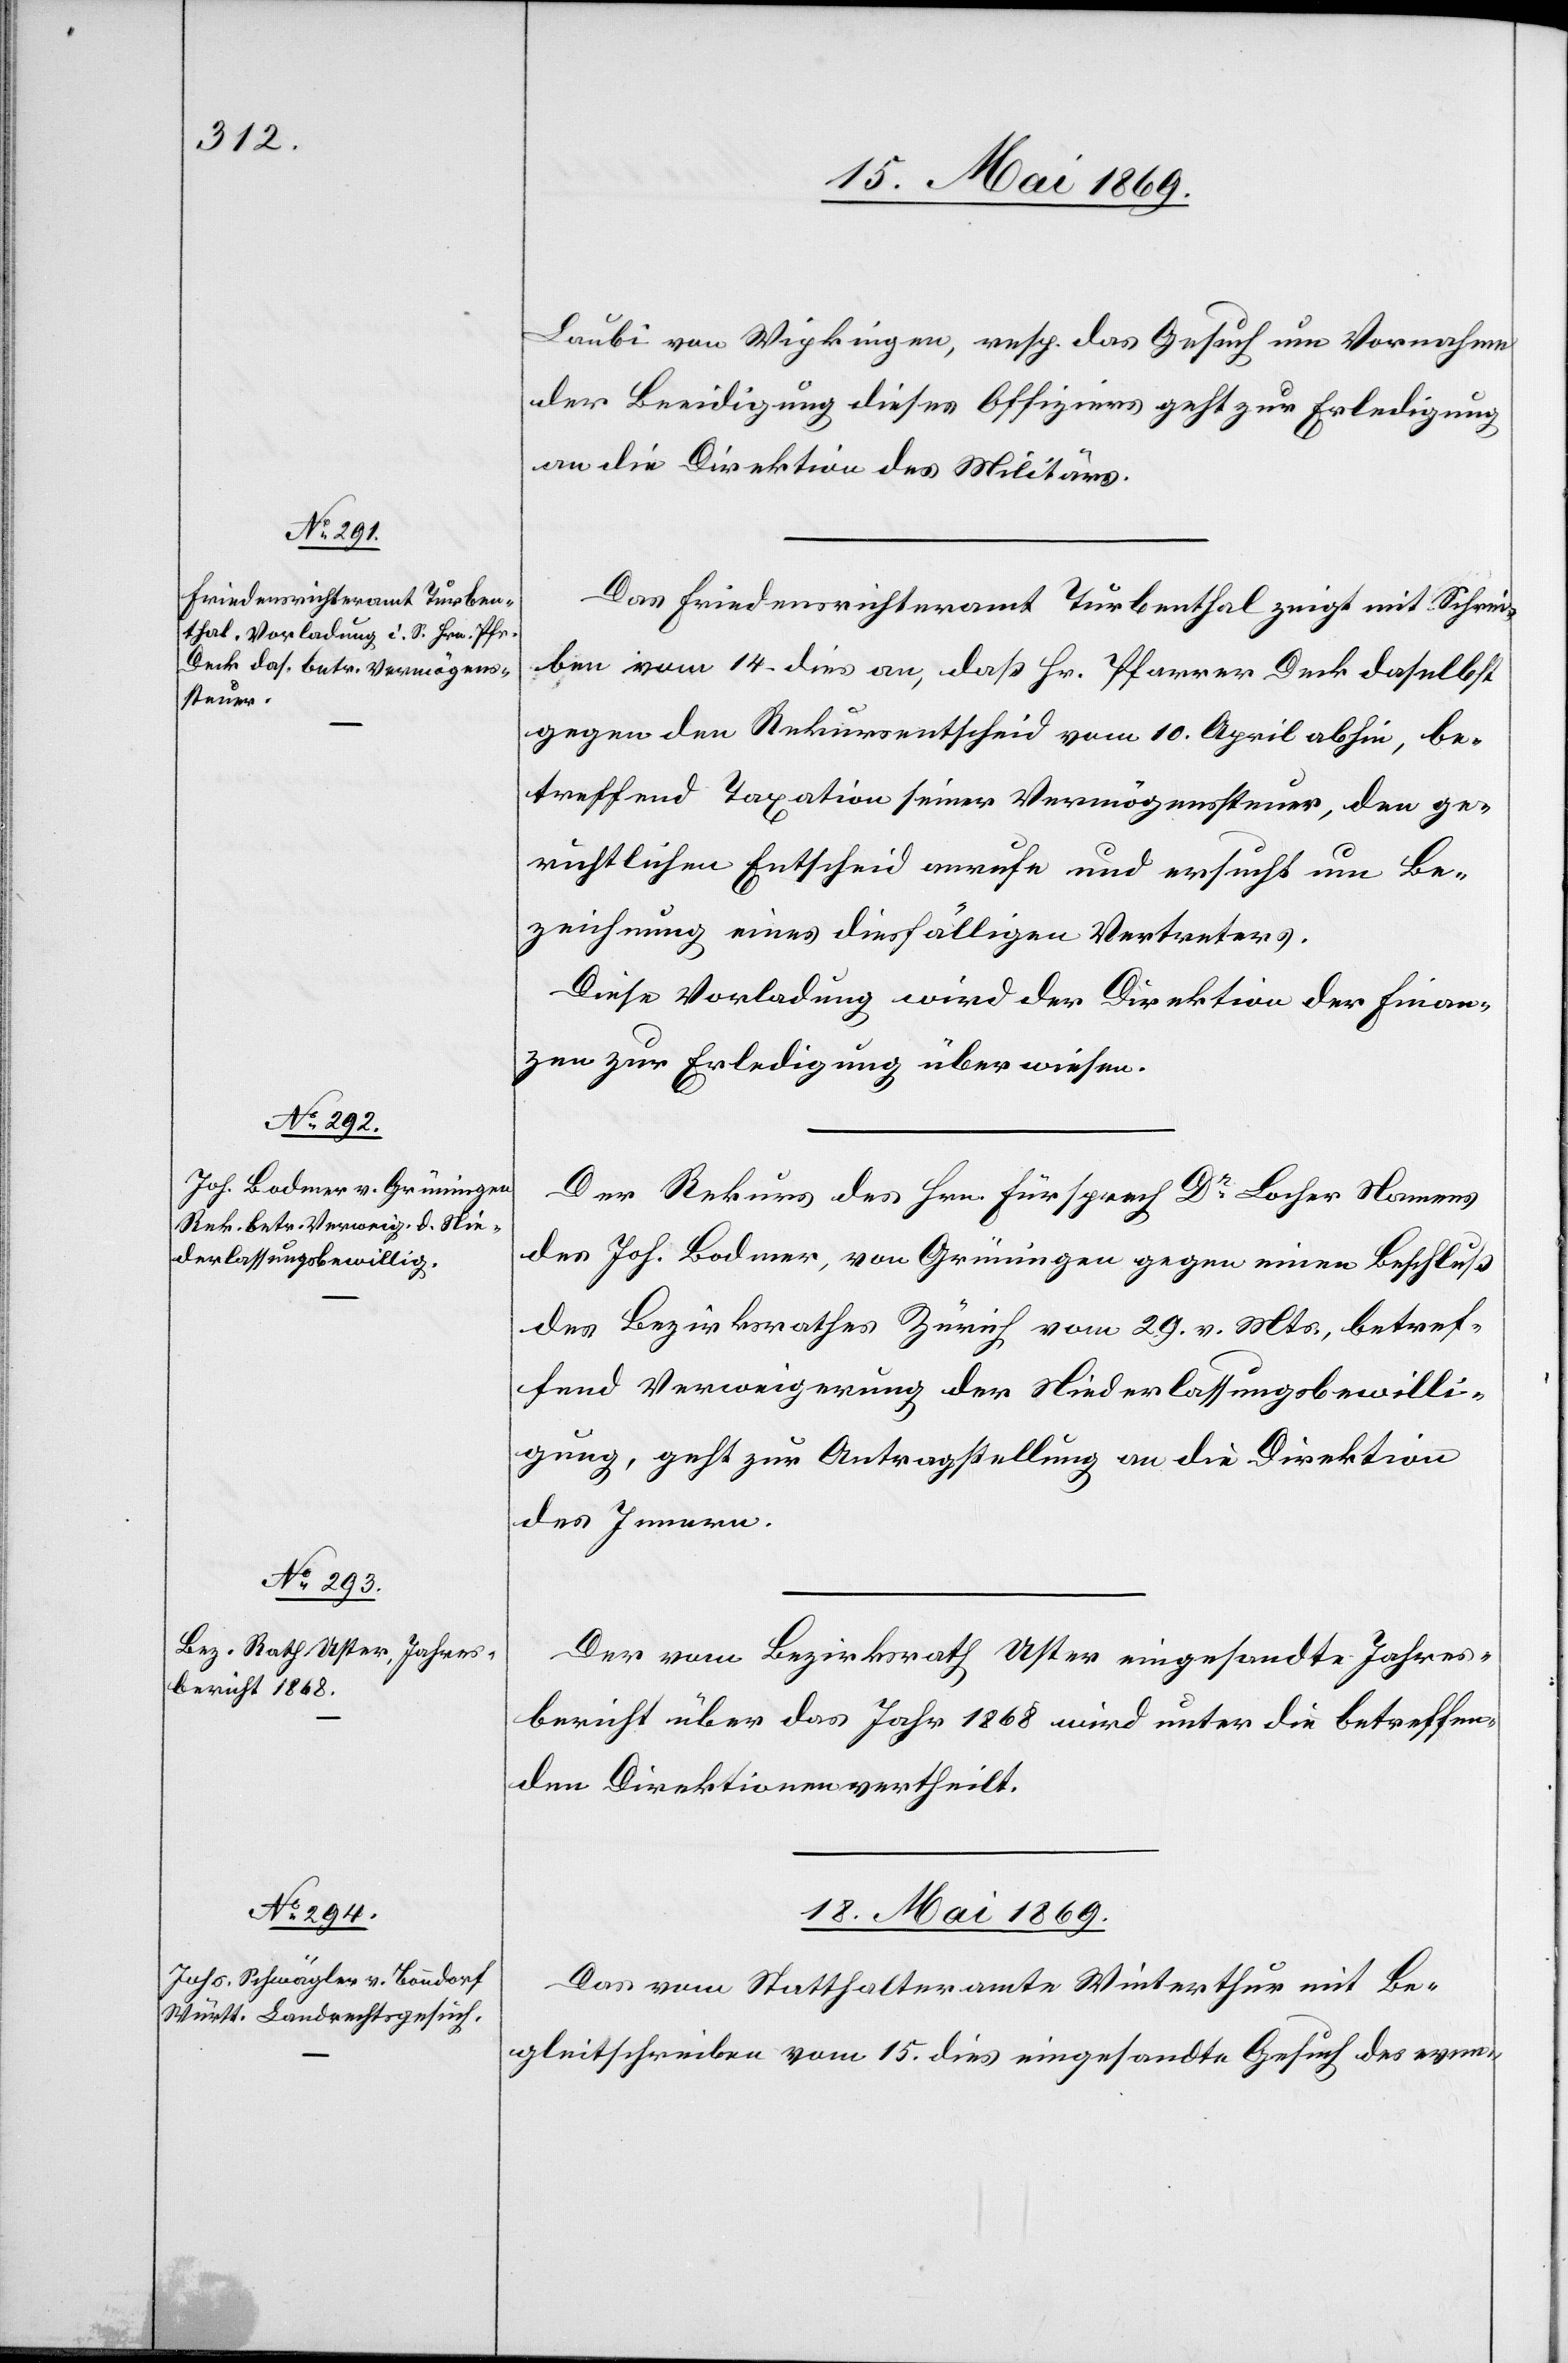
Laubi von Wipkingen, resp. das Gesuch um Vornahme
der Beeidigung dieses Offiziers geht zur Erledigung
an die Direktion des Militärs.
Das Friedensrichteramt Turbenthal zeigt mit Schrei¬
ben vom 14. dies an, daß Hr. Pfarrer Deck daselbst
gegen den Rekursentscheid vom 10. April abhin, be¬
treffend Taxation seiner Vermögenssteuer, den ge¬
richtlichen Entscheid anrufe und ersucht um Be¬
zeichnung eines diesfälligen Vertreters.
Diese Vorladung wird der Direktion der Finan¬
zen zur Erledigung überwiesen.
Der Rekurs des Hrn. Fürsprech Dr Locher Namens
des Joh. Bodmer, von Grüningen gegen einen Beschluß
des Bezirksrathes Zürich vom 29. v. Mts., betref¬
fend Verweigerung der Niederlaßungsbewilli¬
gung, geht zur Antragstellung an die Direktion
des Innern.
Der vom Bezirksrath Uster eingesandte Jahres¬
bericht über das Jahr 1868 wird unter die betreffen¬
den Direktionen vertheilt.
18. Mai 1869.
Das vom Statthalteramte Winterthur mit Be¬
gleitschreiben vom 15. dies eingesandte Gesuch des even-